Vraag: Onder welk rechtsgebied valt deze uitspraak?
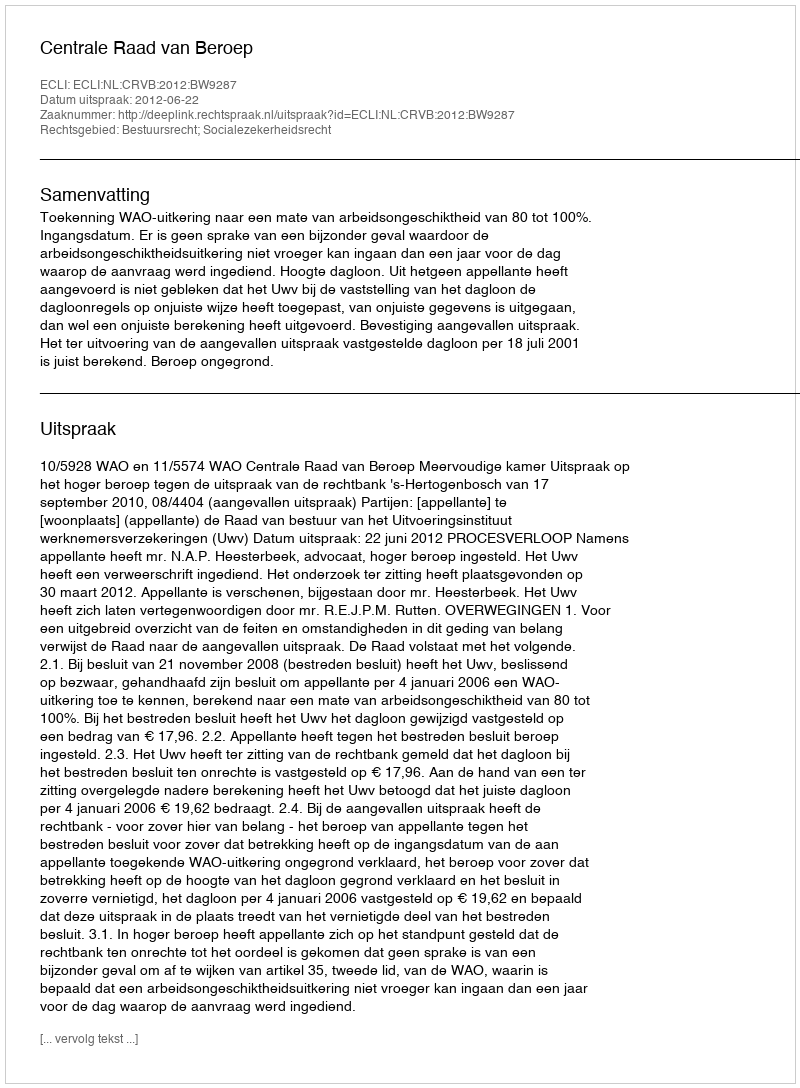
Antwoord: Bestuursrecht; Socialezekerheidsrecht